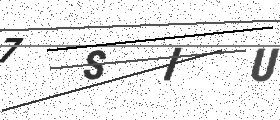
Text: 7SIU